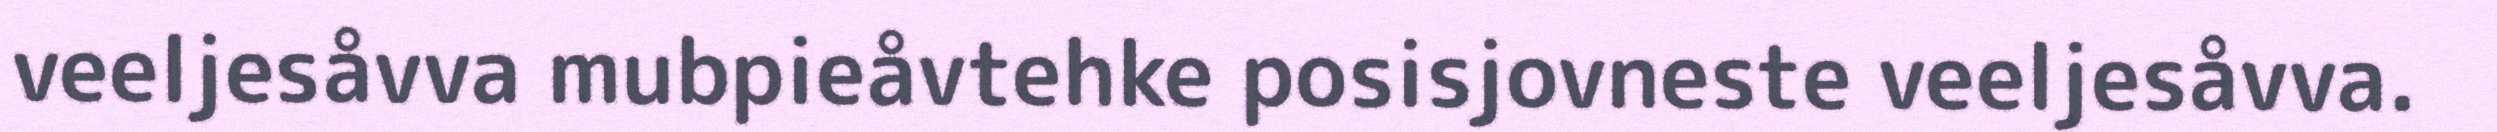
veeljesåvva mubpieåvtehke posisjovneste veeljesåvva.